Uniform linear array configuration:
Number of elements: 16
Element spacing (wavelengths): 0.25
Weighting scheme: hamming
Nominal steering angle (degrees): -30
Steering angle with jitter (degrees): -28.396
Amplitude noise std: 0.05
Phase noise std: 0.05

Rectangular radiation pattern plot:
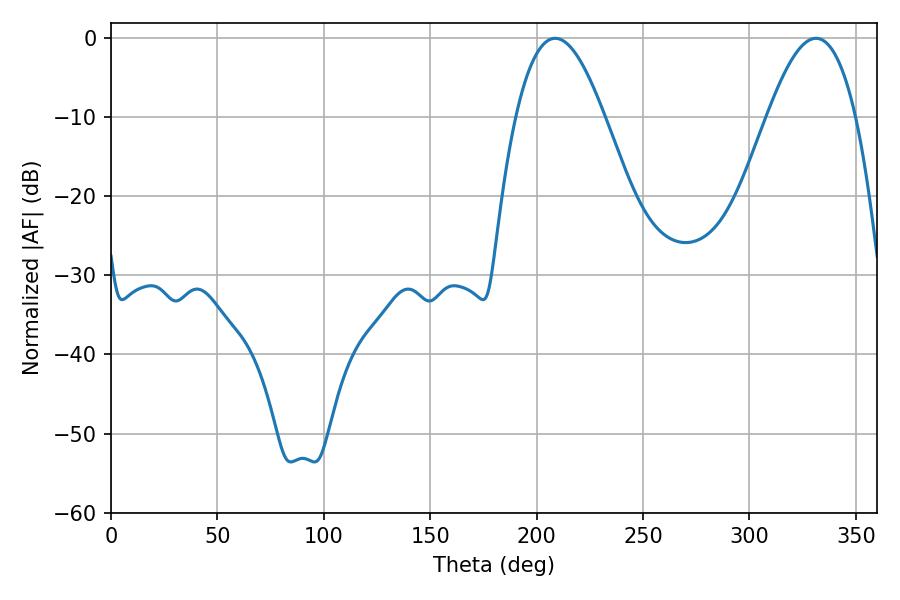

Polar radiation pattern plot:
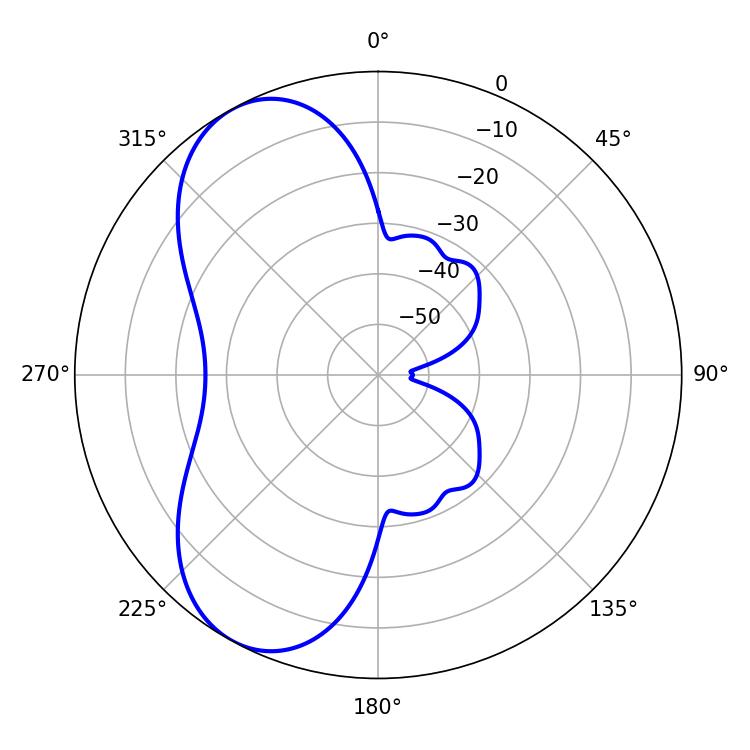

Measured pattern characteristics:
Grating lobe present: FALSE
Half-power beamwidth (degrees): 22.68
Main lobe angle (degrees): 208.8